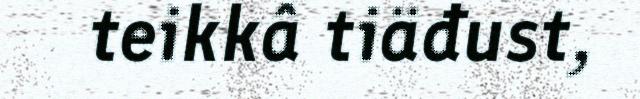
teikkâ tiäđust,